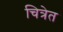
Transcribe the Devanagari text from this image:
चित्रेत